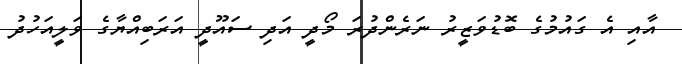
އާއި އެ ގައުމުގެ ބޮޑުވަޒީރު ނަރެންދުރަ މޯދީ އަދި ސައޫދީ އަރަބިއްޔާގެ ވަލީއަހުދު